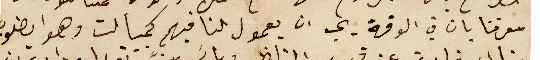
معرفنا بان في الوقة يجب ان يعمول لنا فيهم كمبيالت وهوا يطلوب